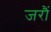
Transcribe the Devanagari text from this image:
जरौं